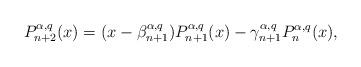
LaTeX: \begin{align*}P_{n+2}^{\alpha,q}(x)=(x-\beta_{n+1}^{\alpha,q})P_{n+1}^{\alpha,q}(x)-\gamma_{n+1}^{\alpha,q}P_{n}^{\alpha,q}(x),\end{align*}